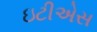
ઇટીએસ